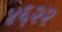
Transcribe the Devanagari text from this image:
४६२२